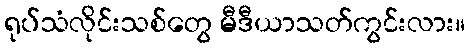
ရုပ်သံလိုင်းသစ်တွေ မီဒီယာသတ်ကွင်းလား။